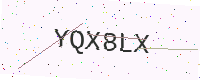
Text: YQX8LX